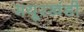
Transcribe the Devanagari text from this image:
मयूरखंडी